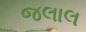
જલાલ